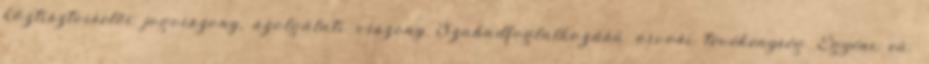
köztisztviselői jogviszony, szolgálati viszony Szabadfoglalkozású orvosi tevékenység Egyéni eü.